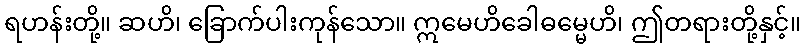
ရဟန်းတို့။ ဆဟိ၊ ခြောက်ပါးကုန်သော။ ဣမေဟိခေါဓမ္မေဟိ၊ ဤတရားတို့နှင့်။